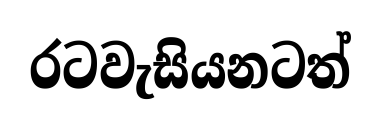
රටවැසියනටත්